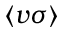
\langle v \sigma \rangle